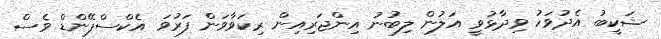
ޝަކީބު އެދުވަހު ވިދާޅުވީ އަލުން ލިބުނު އިންޖަރިއިން ރިކަވާވަން ފަރުވަ އެކްސްޕޭންޑް ވެސް